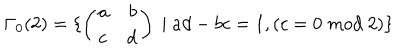
LaTeX: \Gamma _ { 0 } ( 2 ) = \{ \left( \begin{array} { l r } { { a } } & { { b } } \\ { { c } } & { { d } } \\ \end{array} \right) \; | \; a d - b c = 1 , \left( c = 0 \; m o d \; 2 \right) \}